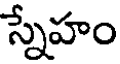
స్నేహం